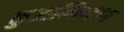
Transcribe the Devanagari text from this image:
कुआमिनटांग